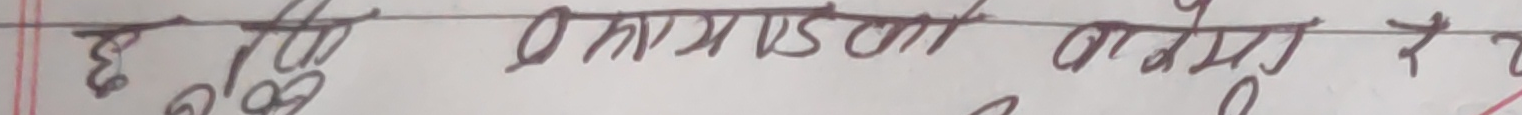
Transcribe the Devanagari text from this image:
३ देखी ७ सम्मका वाक्य रे २ सम्म